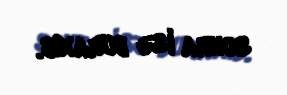
sonra isə buraxıb.